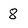
Character: 8